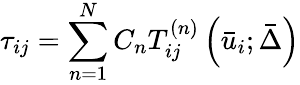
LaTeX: {\tau_{ij}}=\sum_{n=1}^{N}{{C_{n}}T_{ij}^{\left(n\right)}\left({{{\bar{u}}_{i}};\bar{\Delta}}\right)}